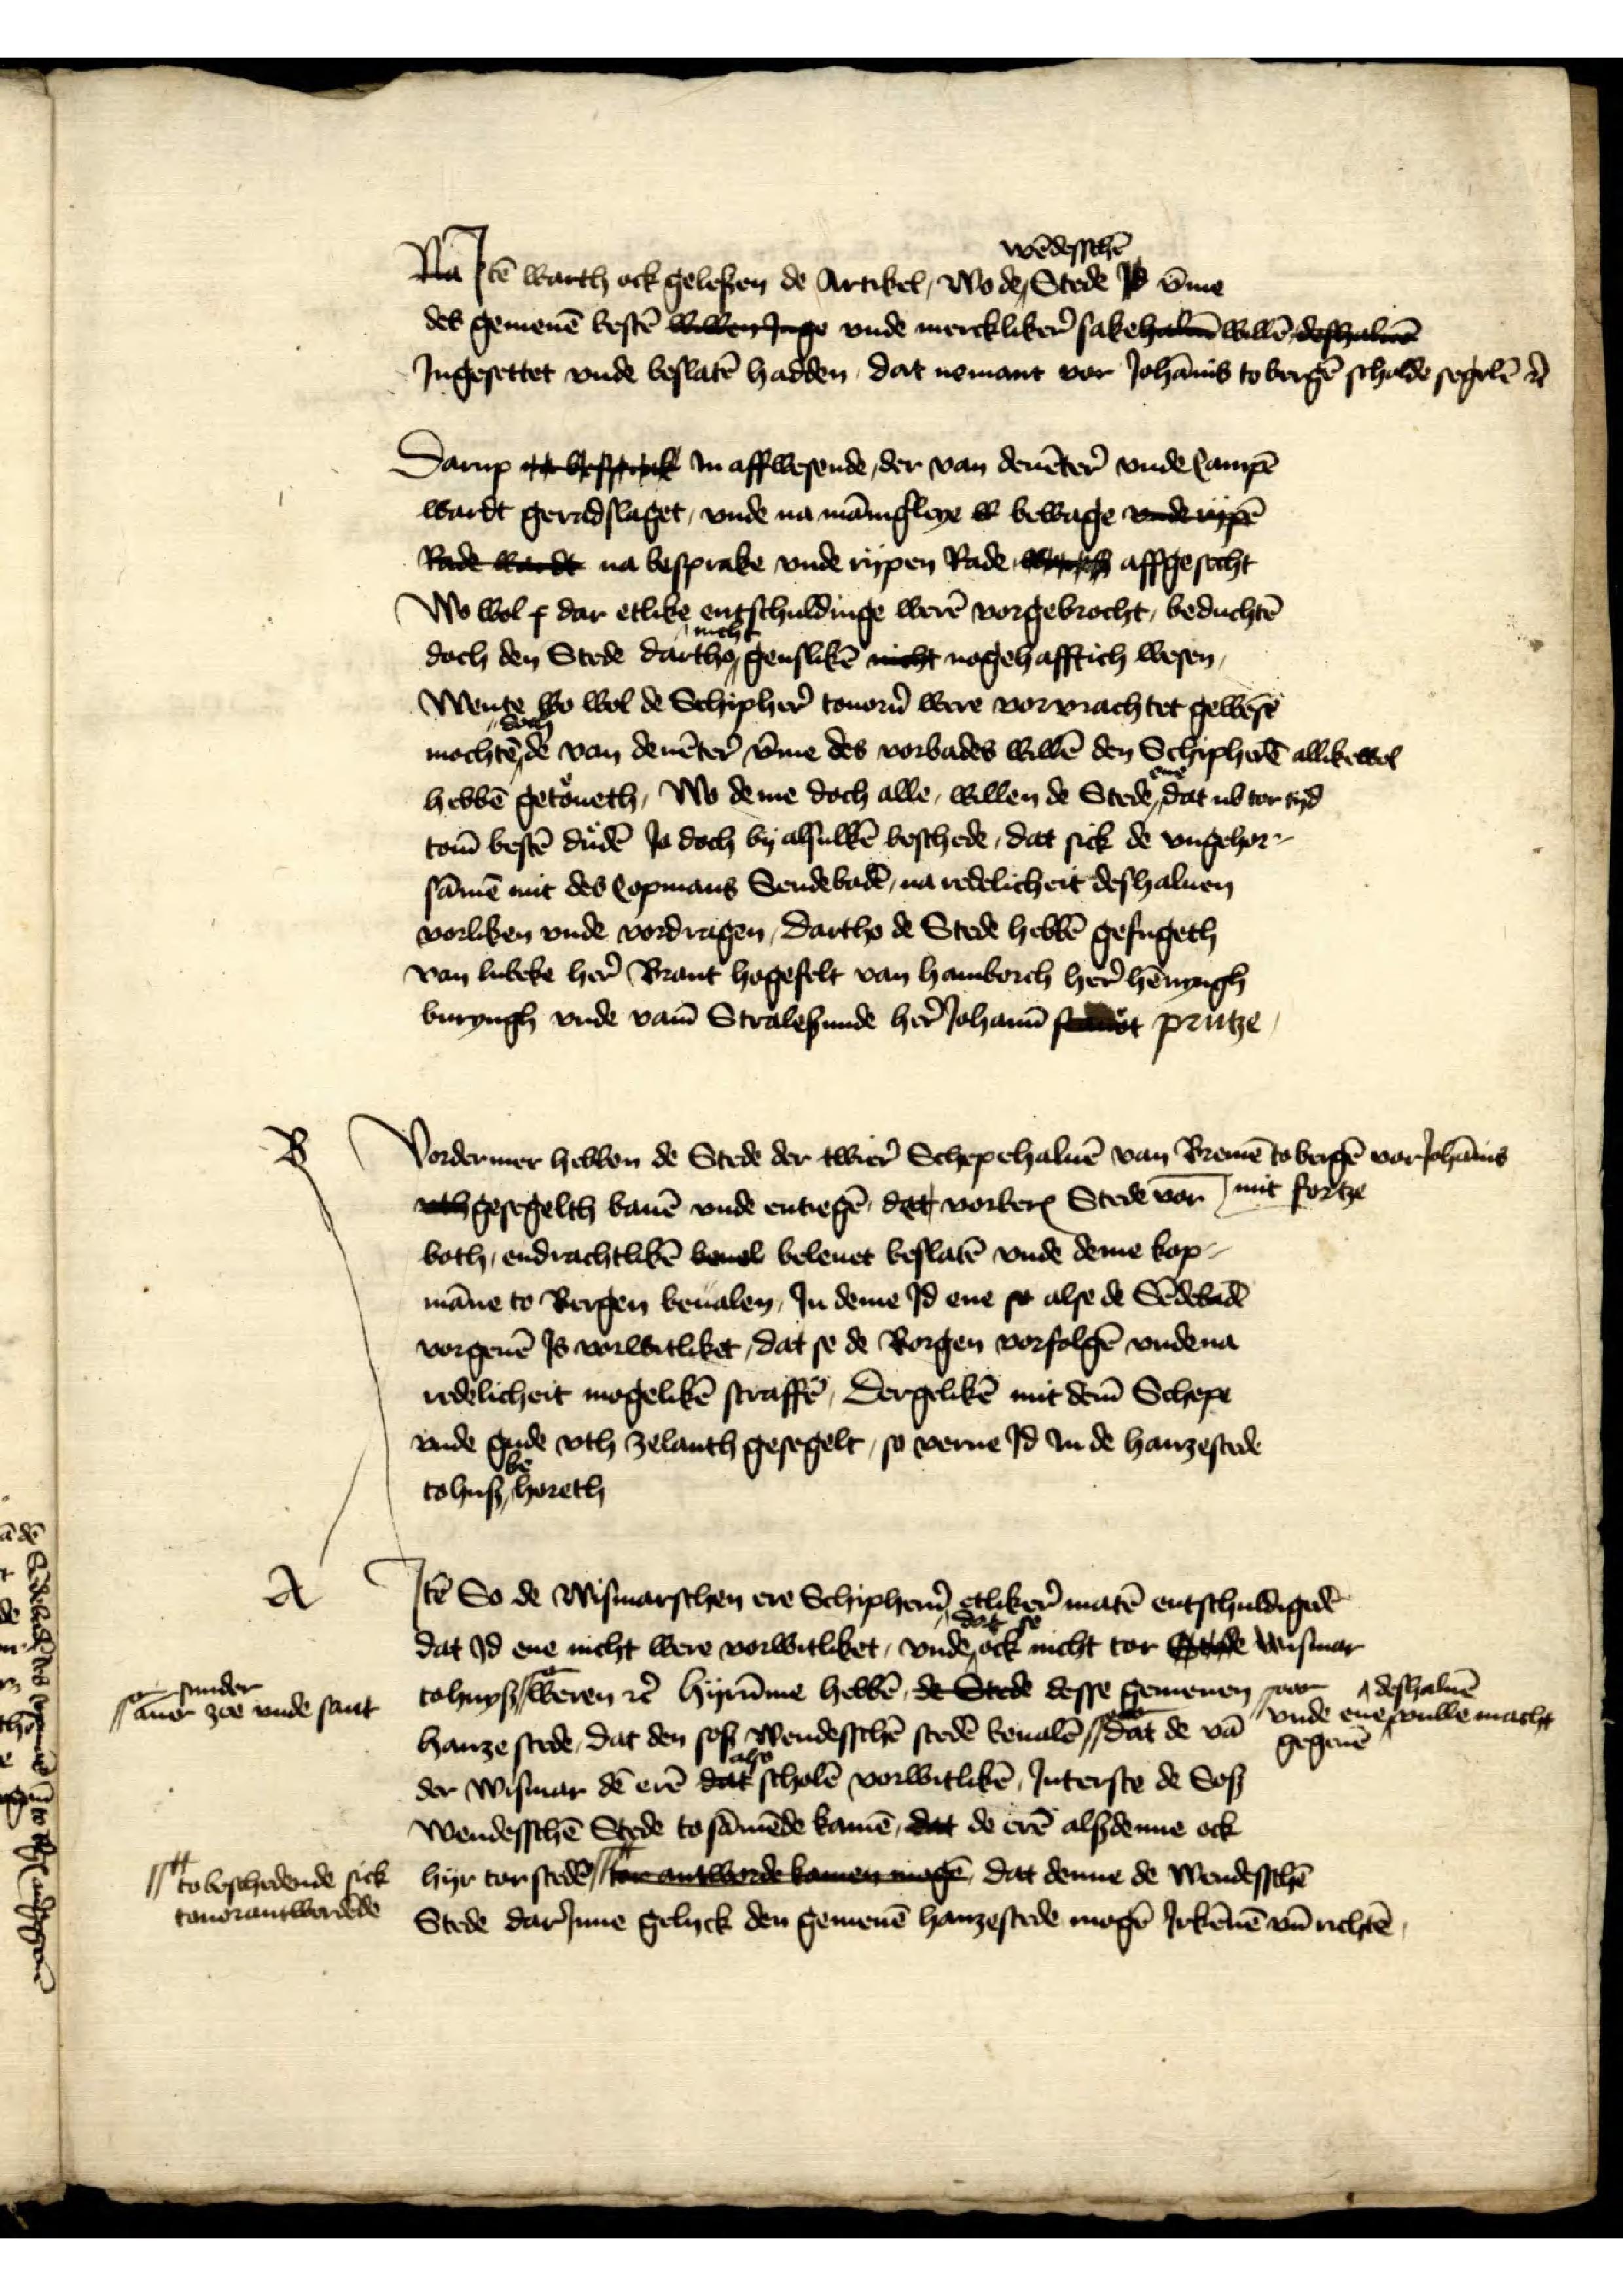
Na Jtē warth ock gelesen de Artikel Wo de wēdesschē Stede Jd v̄me
des gemenē bestē wille inge vnde merckliker̉ sake hal willē deshalue
Jngesettet vnde beslatē hadden, dat nemant vor Johānis to Bergē scholde segelē et̉

Darup g ffgik Jn affwesende, der van Deuēter vnde Campē
wardt geradslaget, vnde na mānig̉leye de bewage vnde rppe
Rade wardt na besprake vnde rypen Rade wo e affgesecht
Wo wol s dar etlike entschuldinge werē vorgebrocht, beduchtē
doch den Stede dartho nicht genslikē nicht nogehafftich wesen
Wente wo wol de Schipher̉ touor̉n were vorvrachtet gewesē

mochtē doen de van Deuēter v̄me des vorbades willē den Schipherē allike wol
hebbē getoueth, wo deme doch alle, willen de Stede ene, dat ub tor tyd
tom̄ bestē dudē Jo doch by alsulkē beschede, dat sick de vngehor¬
sāmē mit des Copmans Sendebadē, na redelicheit deshaluen
vorliken vnde vordragen, Dartho de Stede hebbē gefugeth
van Lubeke her̉ Brant Hogefelt van Hamborch her̉ Hēnyngh
Buryngh vnde vam̄ Stralesunde her̉ Johann stdat Prutze

B

Vordermer hebben de Stede der twier Schepehaluē van Bremē to Bergē vor Johānis
mit fortze
vth gesegelth bauē vnde entiegē, dat vorberꝬ Stede vor¬
both, endrachtlikē beuel beleuet beslatē vnde deme kop¬
māne to Bergen beualen, Jn deme Jd ene so alse de Sedebadē
vorgeuē Js vorwitliket, dat se de Borgen vorfolgē vnde na
redelicheit mogelikē straffē, Dergelikē mit dem̄ Schepe
vnde gude vth Zelanth gesegelt, so verne Jd Jn de hanzestede
to hus behoreth

A

Jtē So de Wismarschen ere Schipher̉n etlikere matē entschuldigedē
dat Jd ene nicht were vorwitliket, vnde dat se ock nicht tor stede Wismer
tohuyß ||o- weren et̉ hyrūme hebbē de Stede desse gemenen
hanze stede, dat den sos wendeschē stedē beualē dedē ||ooo- de vā
der Wismar dē erē das scholē vorwitlikē Jnterste de Sos
Wendesschē Stede to sāmēde kamē, dat de erē alsdenne ock
to beschedendē ||++ sick hyr tor stede ntwerde lan agen dat denne de Wendesschē
Stede darJnne gelyck den gemenē hanzestede mogē Jrkēnē vnd richtē

||o- sunder
auer zee vnde sant

||ooo- vnde ene deshaluē vulle macht
gegeuē

||++ to beschedene sick
touorantwerdēde